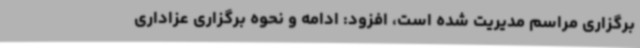
برگزاری مراسم مدیریت شده است، افزود: ادامه و نحوه برگزاری عزاداری